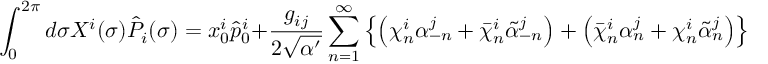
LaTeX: \int _ { 0 } ^ { 2 \pi } d \sigma X ^ { i } ( \sigma ) \hat { P } _ { i } ( \sigma ) = x _ { 0 } ^ { i } \hat { p } _ { 0 } ^ { i } + \frac { g _ { i j } } { 2 \sqrt { \alpha ^ { \prime } } } \sum _ { n = 1 } ^ { \infty } \left\{ \left( \chi _ { n } ^ { i } \alpha _ { - n } ^ { j } + \bar { \chi } _ { n } ^ { i } \tilde { \alpha } _ { - n } ^ { j } \right) + \left( \bar { \chi } _ { n } ^ { i } \alpha _ { n } ^ { j } + \chi _ { n } ^ { i } \tilde { \alpha } _ { n } ^ { j } \right) \right\} ~ .